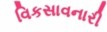
વિકસાવનારી